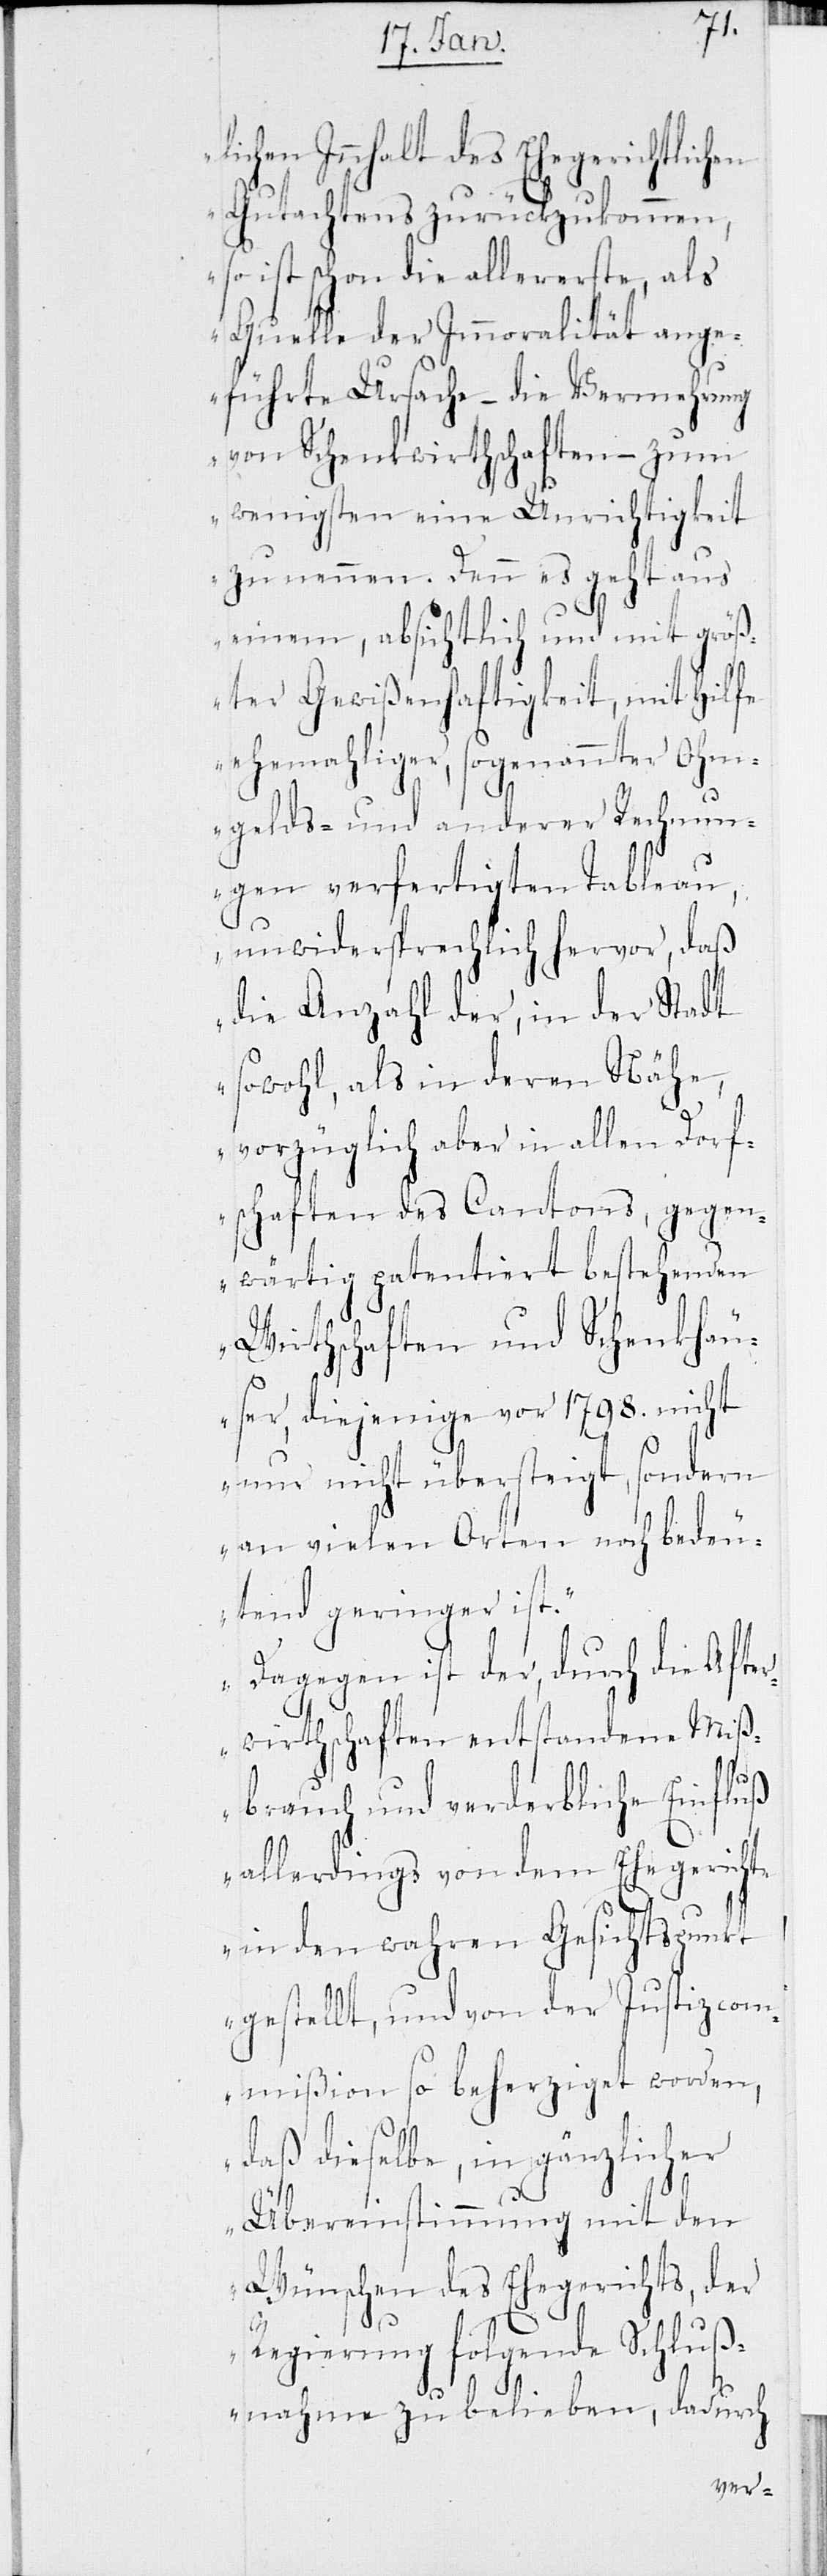
lichen Inhalt des Ehegerichtlichen
Gutachtens zurückzukommen,
so ist schon die allererste, als
Quelle der Immoralität ange¬
führte Ursache – die Vermehrung
von Schenkwirthschaften – zum
wenigsten eine Unrichtigkeit
zu nennen. Denn es geht aus
einem, absichtlich und mit größ¬
ter Gewißenhaftigkeit, mit Hilfe
ehemahliger, sogenannter Ohm¬
gelds- und anderer Rechnun¬
gen verfertigten Tableau
unwidersprechlich hervor, daß
die Anzahl der, in der Stadt
sowohl, als in deren Nähe,
vorzüglich aber in allen Dorf¬
schaften des Cantons, gegen¬
wärtig patentiert bestehenden
Wirthschaften und Schenkhäu¬
ser, diejenige vor 1798. nicht
nur nicht übersteigt, sondern
an vielen Orten noch bedeu¬
tend geringer ist.
Dagegen ist der, durch die Afte¬
rwirthschaften entstandene Miß¬
brauch und verderbliche Einfluß
allerdings von dem Ehegerichte
in den wahren Gesichtspunkt
gestellt, und von der Justizcom¬
mißion so beherziget worden,
daß dieselbe, in gänzlicher
Übereinstimmung mit den
Wünschen des Ehegerichts, der
Regierung folgende Schluß¬
nahme zu belieben, dadurch